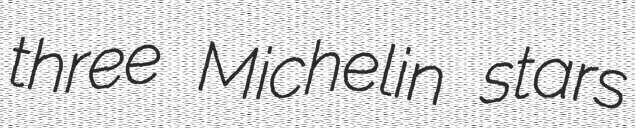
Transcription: three Michelin stars